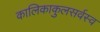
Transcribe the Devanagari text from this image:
कालिकाकुलसर्वस्व